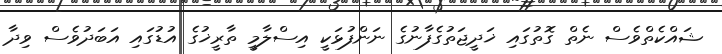
ޝައްކެތްވެސް ނެތް ގޮތުގައި ޚަދީޖަތުގެފާނުގެ ނަންފުޅަކީ އިސްލާމީ ތާރީޚުގެ އުޑުގައި އަބަދުވެސް ވިދާ